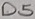
Text: D5